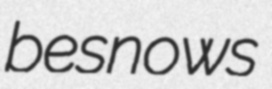
besnows